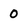
Character: 0